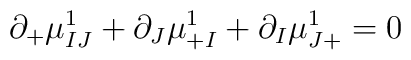
\partial_+\mu_{IJ}^1+\partial_J\mu_{+I}^1+\partial_I\mu_{J+}^1=0